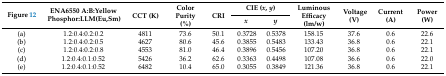
<table><thead><tr><td rowspan="2"><b>Figure 12</b></td><td rowspan="2"><b>ENA6550 A:B:Yellow Phosphor:LLM(Eu,Sm)</b></td><td rowspan="2"><b>CCT (K)</b></td><td rowspan="2"><b>Color Purity (%)</b></td><td rowspan="2"><b>CRI</b></td><td colspan="2"><b>CIE (<i>x</i>,<i> y</i>)</b></td><td rowspan="2"><b>Luminous Efficacy (lm/w)</b></td><td rowspan="2"><b>Voltage (V)</b></td><td rowspan="2"><b>Current (A)</b></td><td rowspan="2"><b>Power (W)</b></td></tr><tr><td><b><i>x</i></b></td><td><b><i>y</i></b></td></tr></thead><tbody><tr><td>(a)</td><td>1.2:0.4:0.2:0.2</td><td>4811</td><td>73.6</td><td>50.1</td><td>0.3728</td><td>0.5378</td><td>158.15</td><td>37.6</td><td>0.6</td><td>22.6</td></tr><tr><td>(b)</td><td>1.2:0.4:0.2:0.5</td><td>4627</td><td>80.6</td><td>45.6</td><td>0.3855</td><td>0.5483</td><td>133.43</td><td>36.8</td><td>0.6</td><td>22.1</td></tr><tr><td>(c)</td><td>1.2:0.4:0.2:0.8</td><td>4553</td><td>81.0</td><td>46.4</td><td>0.3896</td><td>0.5456</td><td>107.20</td><td>36.8</td><td>0.6</td><td>22.1</td></tr><tr><td>(d)</td><td>1.2:0.4:0.1:0.52</td><td>5426</td><td>36.2</td><td>62.6</td><td>0.3363</td><td>0.4498</td><td>107.08</td><td>36.6</td><td>0.6</td><td>22.0</td></tr><tr><td>(e)</td><td>1.2:0.4:0.1:0.52</td><td>6482</td><td>10.4</td><td>65.0</td><td>0.3055</td><td>0.3849</td><td>121.36</td><td>36.8</td><td>0.6</td><td>22.1</td></tr></tbody></table>